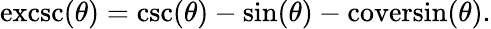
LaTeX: \operatorname{excsc}(\theta)=\csc(\theta)-\sin(\theta)-\operatorname{coversin}(\theta).